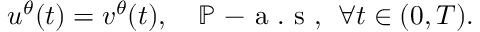
u ^ { \theta } ( t ) = v ^ { \theta } ( t ) , \quad \mathbb { P } \mathrm { ~ - ~ a ~ . ~ s ~ , ~ } \; \forall t \in ( 0 , T ) .